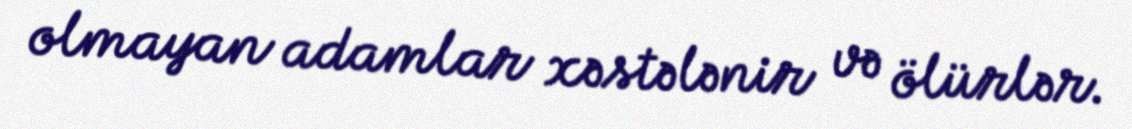
olmayan adamlar xəstələnir və ölürlər.